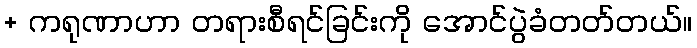
+ ကရုဏာဟာ တရားစီရင်ခြင်းကို အောင်ပွဲခံတတ်တယ်။